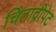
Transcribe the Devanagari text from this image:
चिंताद्रीपेट